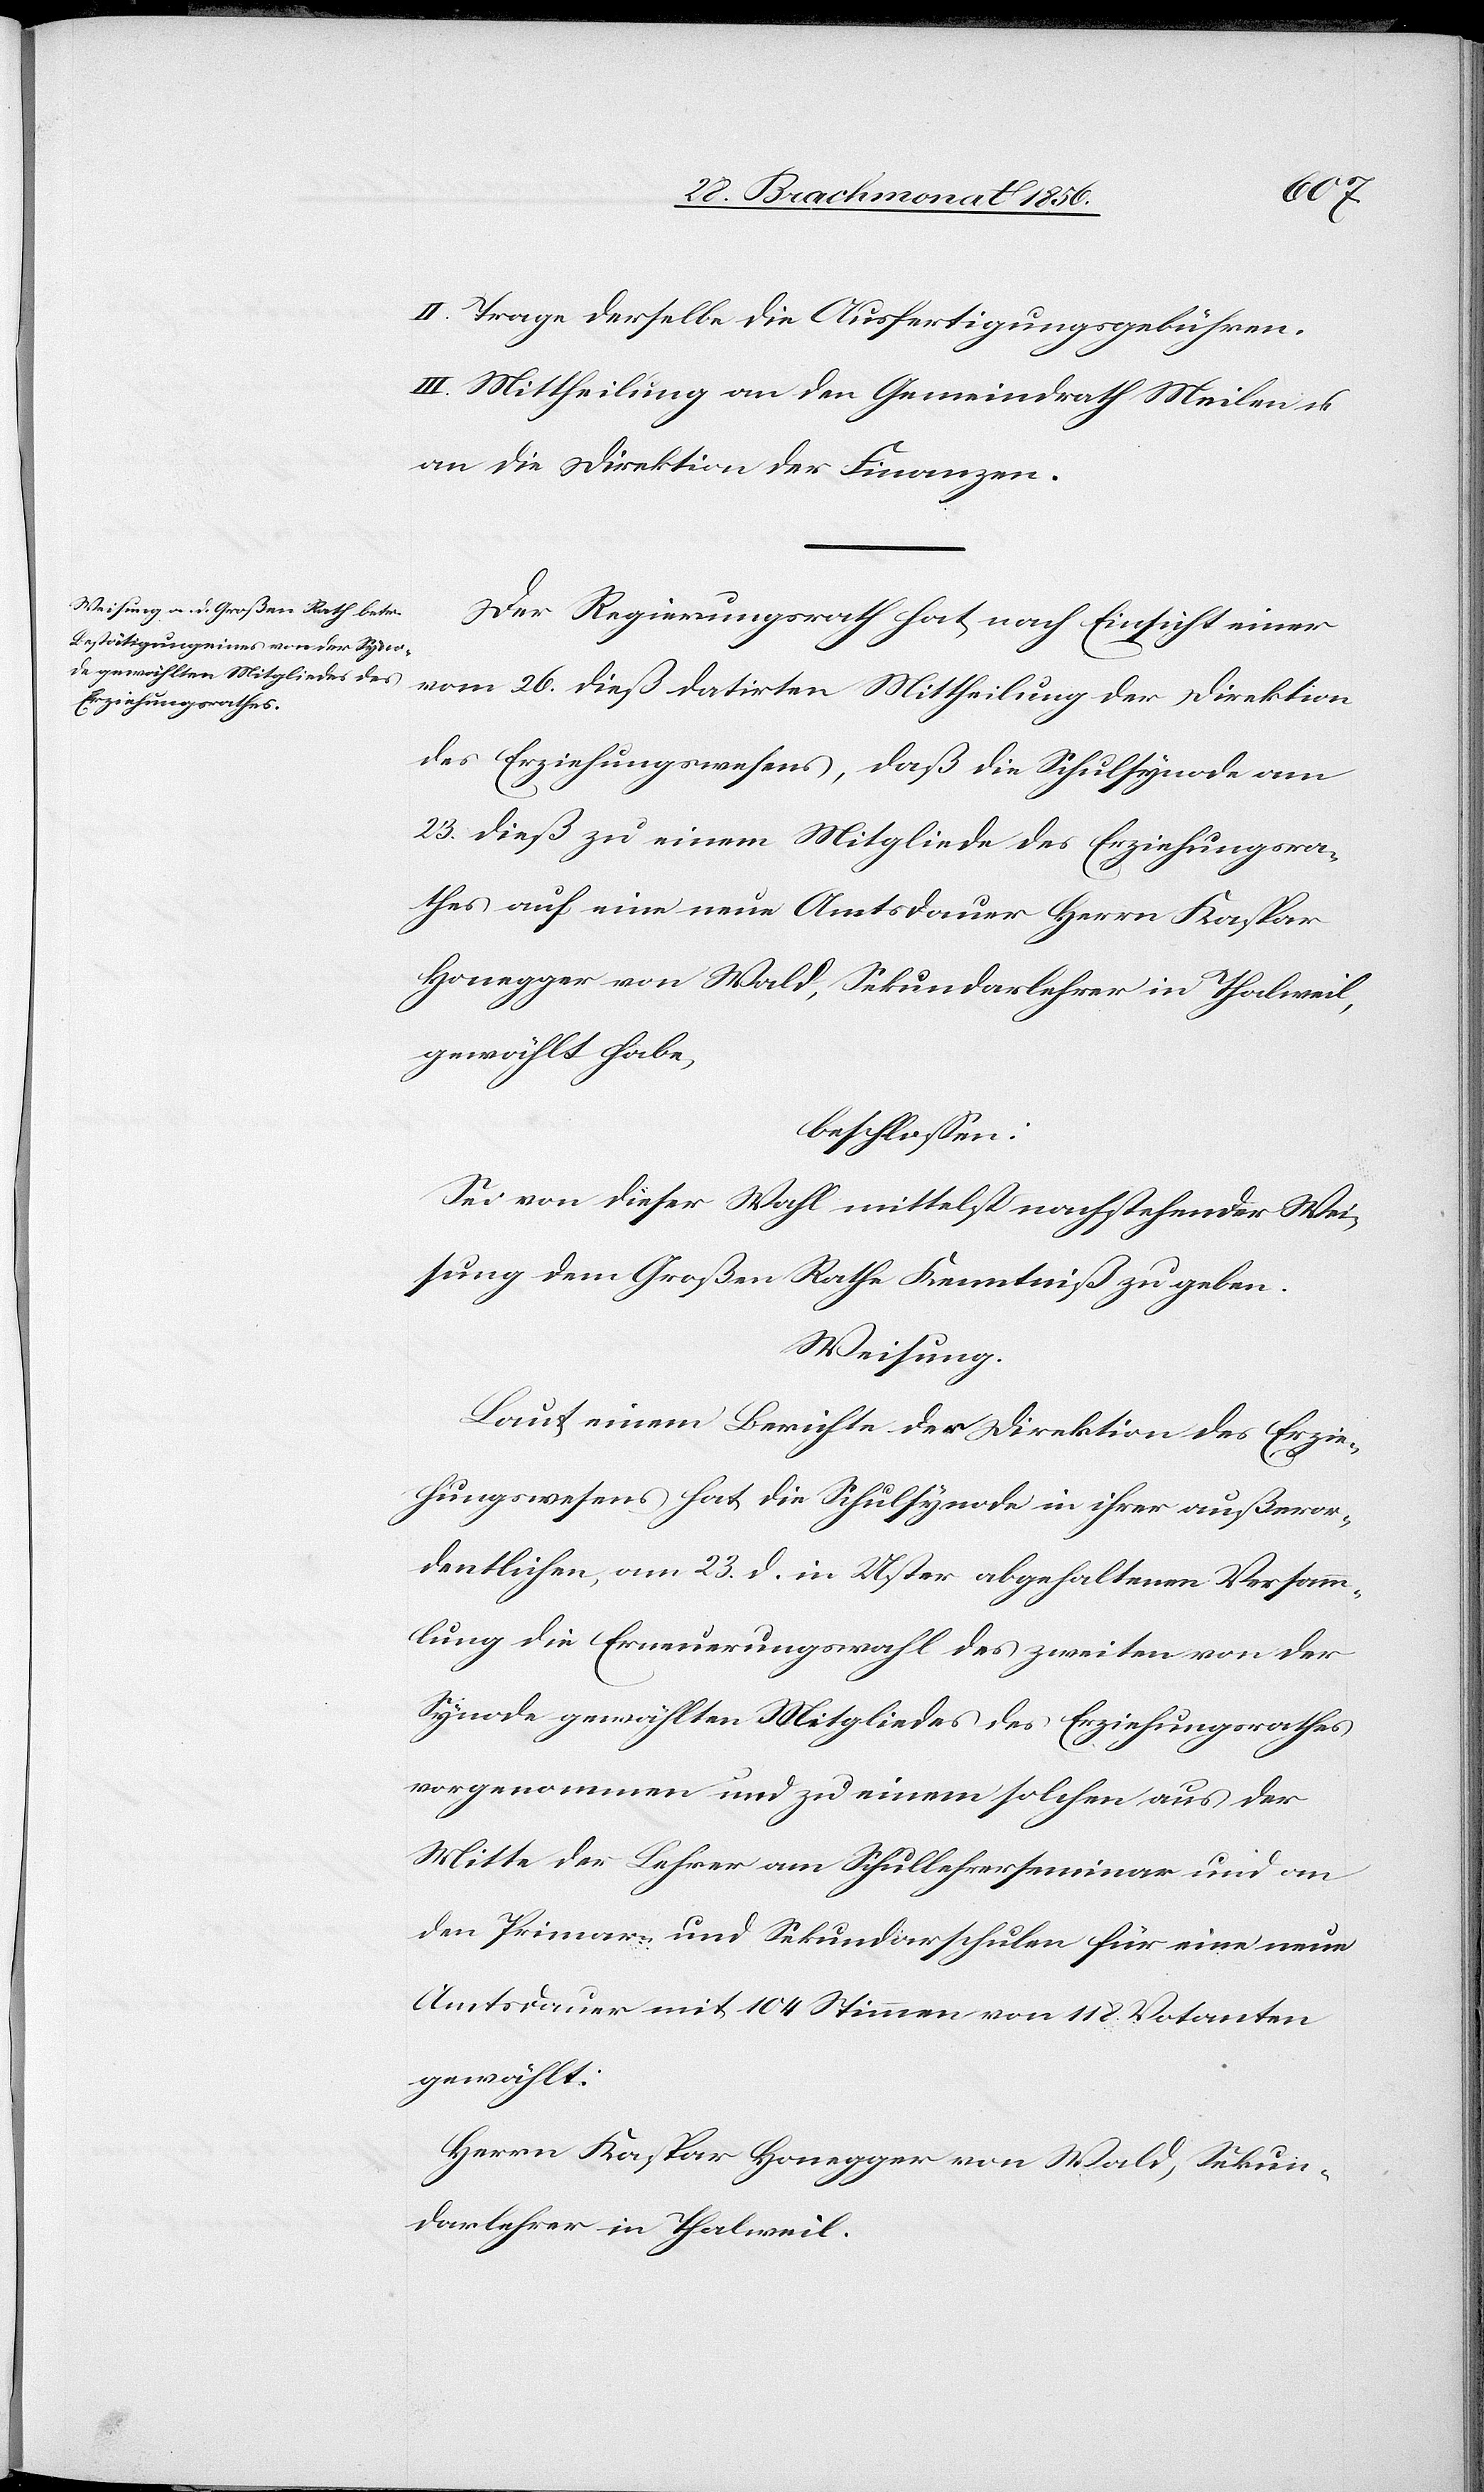
II. Trage derselbe die Ausfertigungsgebühren.
III. Mittheilung an den Gemeindrath Meilen u.
an die Direktion der Finanzen.
Der Regierungsrath hat nach Einsicht einer
vom 26. dieß datirten Mittheilung der Direktion
des Erziehungswesens, daß die Schulsynode am
23. dieß zu einem Mitgliede des Erziehungsra¬
thes auf eine neue Amtsdauer Herrn Kaspar
Honegger von Wald, Sekundarlehrer in Thalweil,
gewählt habe,
beschlossen:
Sei von dieser Wahl mittelst nachstehender Wei¬
sung dem Großen Rathe Kenntniß zu geben.
Weisung.
Laut einem Berichte der Direktion des Erzie¬
hungswesens hat die Schulsynode in ihrer außeror¬
dentlichen, am 23. d. in Uster abgehaltenen Versamm¬
lung die Erneuerungswahl des zweiten von der
Synode gewählten Mitgliedes des Erziehungsrathes
vorgenommen und zu einem solchen aus der
Mitte der Lehrer am Schullehrerseminar und an
den Primar- und Sekundarschulen für eine neue
Amtsdauer mit 104 Stimmen von 118 Votanten
gewählt:
Herrn Kaspar Honegger von Wald, Sekun¬
darlehrer in Thalweil.